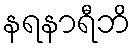
နရနာရီဘိ